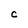
Character: C